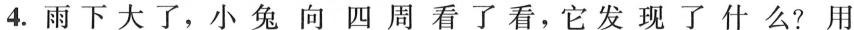
4.雨下大了,小兔向四周看了看,它发现了什么?用